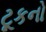
ટૂકનો